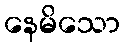
နေမိသော